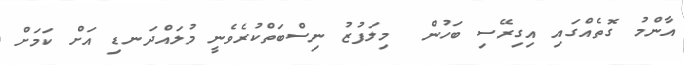
އާންމު ގޮތެއްގައި އިގިރޭސި ބަހުން  މިލަފުޒު ނިސްބަތްކުރެވެނީ މުލައްދަނޑި އަށް ކަމަށް